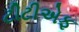
ટીટીએફ